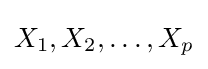
X_{1},X_{2},\ldots ,X_{p}